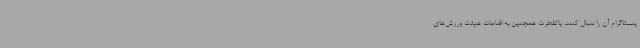
ینستاگرام آن را دنبال کنند. پاکفطرت همچنین به اقدامات هیئت ورزش‌های